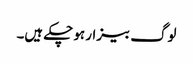
لوگ بیزار ہو چکے ہیں۔